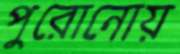
পুরোনোয়